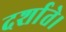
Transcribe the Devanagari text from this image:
दर्शाते।